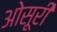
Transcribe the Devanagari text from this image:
ओसूरी